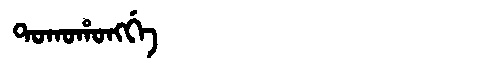
Manchu: ᡨᠣᡴᠣᡥᠣᠩᡤᡝ
Romanization: TOKOHONGGE